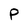
Character: P